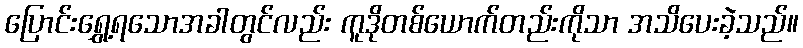
ပြောင်းရွှေ့ရသောအခါတွင်လည်း ကူဒိုတစ်ယောက်တည်းကိုသာ အသိပေးခဲ့သည်။